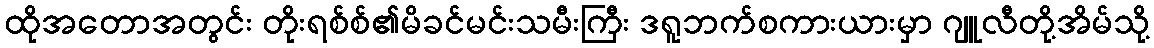
ထိုအတောအတွင်း တိုးရစ်စ်၏မိခင်မင်းသမီးကြီး ဒရူဘက်စကားယားမှာ ဂျူလီတို့အိမ်သို့